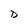
Character: D